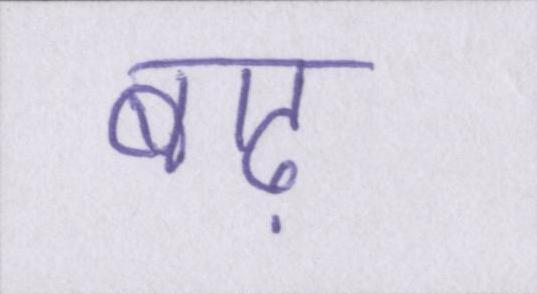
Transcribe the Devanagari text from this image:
बाढ़